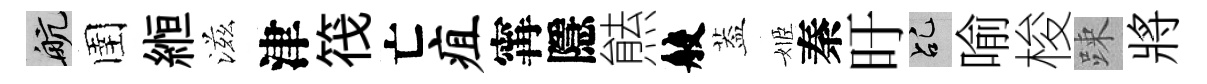
航圉縆滋津筏亡疽𡩋隱㷱般葢姬秦旴乩喻梭踈將